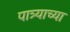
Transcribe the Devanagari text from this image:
पात्र्याच्या